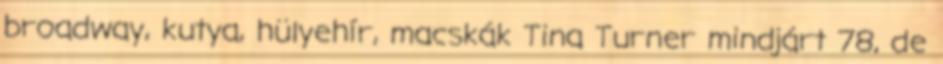
broadway, kutya, hülyehír, macskák Tina Turner mindjárt 78, de